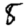
Digit: 8